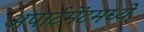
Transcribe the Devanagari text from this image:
अपार्टमेंटमध्ये